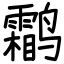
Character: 鹴